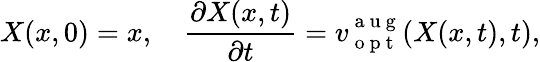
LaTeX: X(x,0)=x,\quad\frac{\partial X(x,t)}{\partial t}=v_{\mathrm{~o~p~t~}}^{\mathrm{~a~u~g~}}(X(x,t),t),